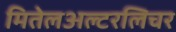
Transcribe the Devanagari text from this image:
मितेलअल्टरलिचर